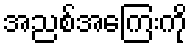
အညစ်အကြေးကို